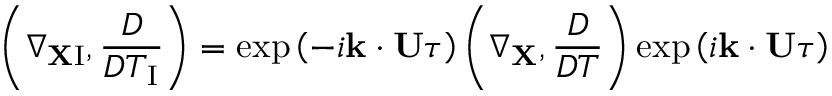
\left( { \nabla _ { { \bf { X } } \mathrm { { I } } } , \frac { D } { D T _ { \mathrm { { I } } } } } \right) = \exp \left( { - i { \bf { k } } \cdot { \bf { U } } \tau } \right) \left( { \nabla _ { \bf { X } } , \frac { D } { D T } } \right) \exp \left( { i { \bf { k } } \cdot { \bf { U } } \tau } \right)